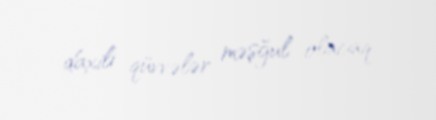
daxili qüvvələr məşğul olacaq.